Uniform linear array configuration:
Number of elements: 12
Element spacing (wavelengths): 0.5
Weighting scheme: uniform
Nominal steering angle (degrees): -45
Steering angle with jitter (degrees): -45.202
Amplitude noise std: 0.05
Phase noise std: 0.05

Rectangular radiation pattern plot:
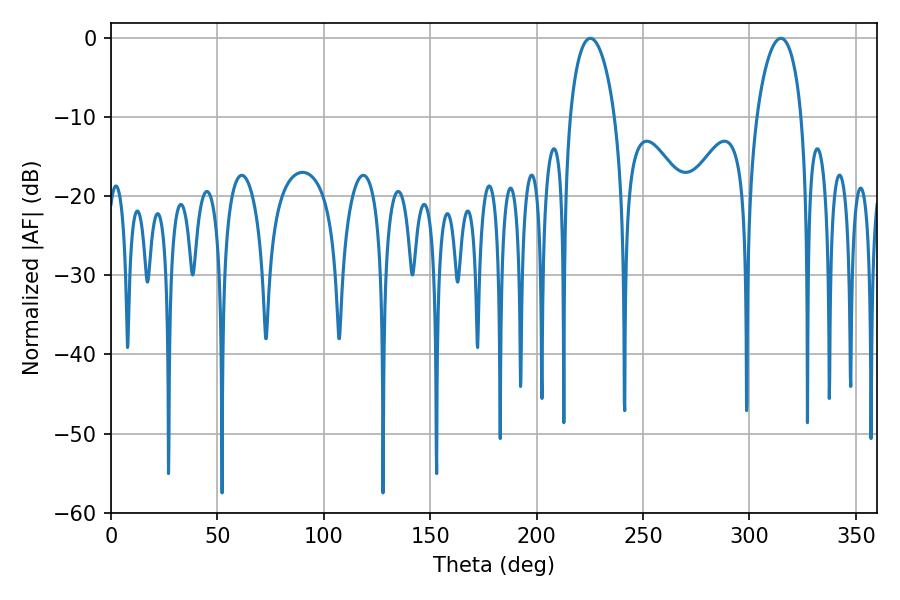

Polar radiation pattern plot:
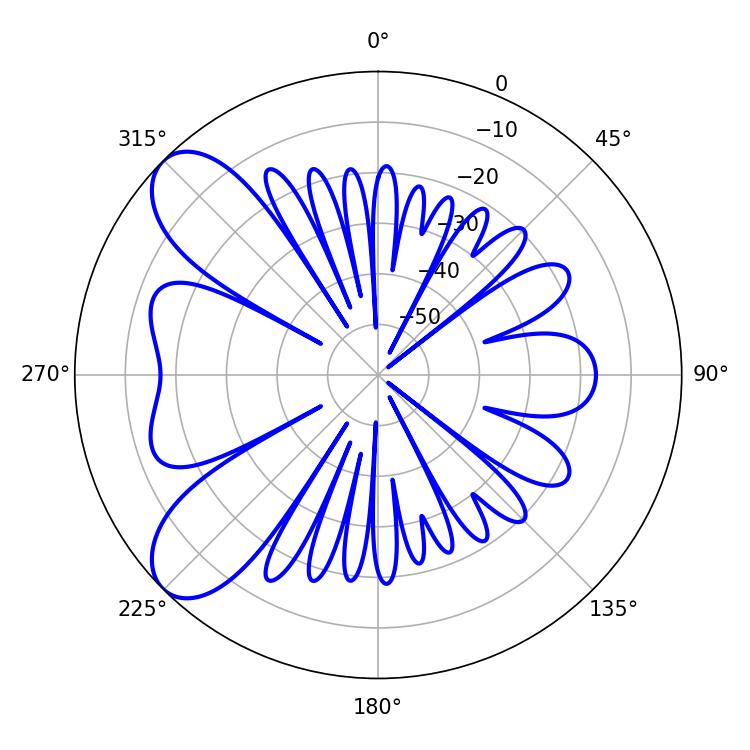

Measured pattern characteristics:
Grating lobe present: FALSE
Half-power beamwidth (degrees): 12.06
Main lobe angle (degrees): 225.18